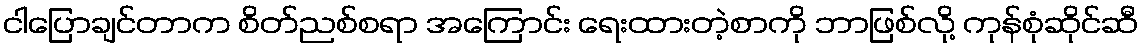
ငါပြောချင်တာက စိတ်ညစ်စရာ အကြောင်း ရေးထားတဲ့စာကို ဘာဖြစ်လို့ ကုန်စုံဆိုင်ဆီ